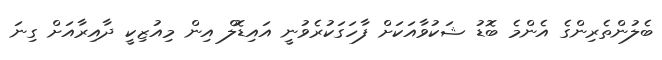
ބެލުންތެރިންގެ އެންމެ ބޮޑު ޝަކުވާއަކަށް ފާހަގަކުރެވުނީ އައިޑޮލް އިން މިއުޒިކީ ދާއިރާއަށް ގިނަ